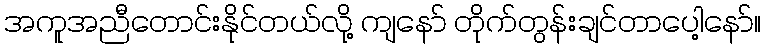
အကူအညီတောင်းနိုင်တယ်လို့ ကျနော် တိုက်တွန်းချင်တာပေါ့နော်။